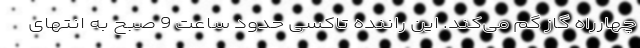
چهارراه گاز گم می‌کند. این راننده تاکسی حدود ساعت 9 صبح به انتهای